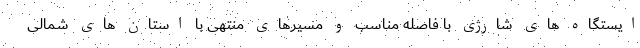
ایستگاه های شارژی با فاصله مناسب و مسیرهای منتهی با استان های شمالی